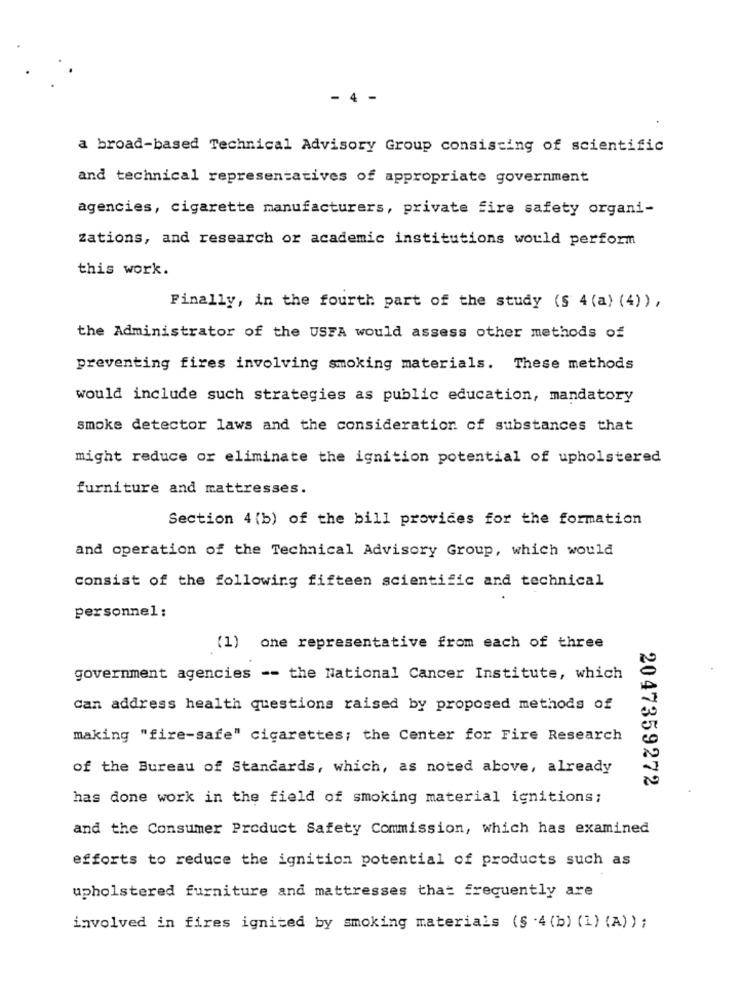
- 4
a broad-based Technical Advisory Group consisting of scientific
and technical representatives of appropriate government
agencies, cigarette manufacturers, private fire safety organi-
Zations, and research or academic institutions would perform
this work.
Finally, in the fourth part of the study (§ 4 (a) (4)),
the Administrator of the USFA would assess other methods of
preventing fires involving smoking materials. These methods
would include such strategies as public education, mandatory
smoke detector laws and the consideration of substances that
might reduce or eliminate the ignition potential of upholstered
furniture and mattresses.
Section 4 (b) of the bill provides for the formation
and operation of the Technical Advisory Group, which would
consist of the following fifteen scientific and technical
personnel;
(1) one representative from each of three
government agencies -- the National Cancer Institute, which
Can address health questions raised by proposed methods of
making "fire-safe" cigarettes; the Center for Fire Research
of the Bureau of Standards, which, as noted above, already
2047359272
has done work in the field of smoking material ignitions;
and the Consumer Product Safety Commission, which has examined
efforts to reduce the ignition potential of products such as
upholstered furniture and mattresses that frequently are
involved in fires ignited by smoking materials (§ .4 (b) (1) (A) ) ;